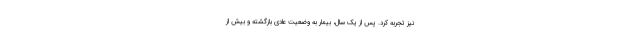
نیز تجربه کرد. پس از یک سال، بیمار به وضعیت عادی بازگشته و بیش از